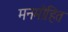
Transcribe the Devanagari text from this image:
मनमोहित